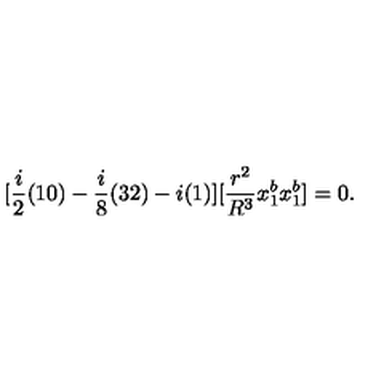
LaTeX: [ \frac { i } { 2 } ( 1 0 ) - \frac { i } { 8 } ( 3 2 ) - i ( 1 ) ] [ \frac { r ^ { 2 } } { R ^ { 3 } } x _ { 1 } ^ { b } x _ { 1 } ^ { b } ] = 0 .